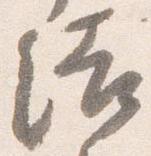
結